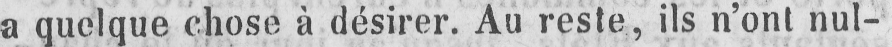
a quelque chose à désirer. Au reste, ils n’ont nul-